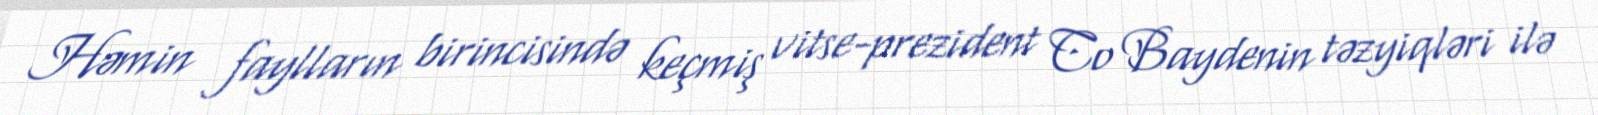
Həmin faylların birincisində keçmiş vitse-prezident Co Baydenin təzyiqləri ilə